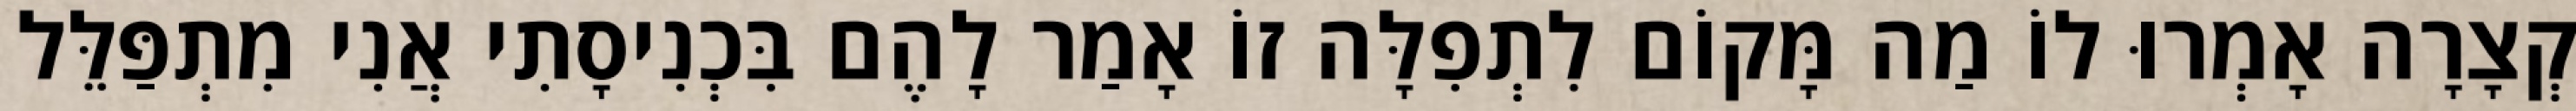
קְצָרָה אָמְרוּ לוֹ מַה מָּקוֹם לִתְפִלָּה זוֹ אָמַר לָהֶם בִּכְנִיסָתִי אֲנִי מִתְפַּלֵּל